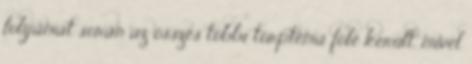
folyamat során az összes többi törptéma fölé került, mivel